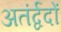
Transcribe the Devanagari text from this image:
अतंर्द्वदों